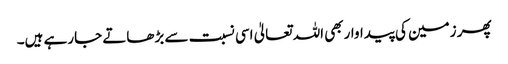
پھر زمین کی پیداواربھی اللہ تعالیٰ اسی نسبت سے بڑھاتے جارہے ہیں۔